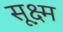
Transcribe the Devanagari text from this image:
सू़क्ष्म